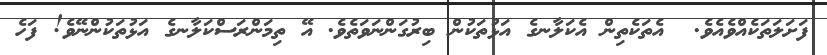
ފަށަލަތަކެއްވެއެވެ.  އެތަކެތިން އެކަލާނގެ އަޅުތަކުން ބިރުގަންނަވަތެވެ. އޭ ތިމަންރަސްކަލާނގެ އަޅުތަކުންނޭވެ! ފަހެ